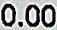
0.00